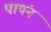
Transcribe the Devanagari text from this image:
पापंन